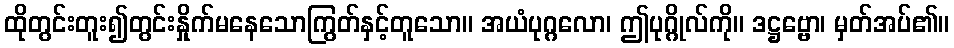
ထိုတွင်းတူး၍တွင်းနှိုက်မနေသောကြွတ်နှင့်တူသော။ အယံပုဂ္ဂလော၊ ဤပုဂ္ဂိုလ်ကို။ ဒဋ္ဌဗ္ဗော၊ မှတ်အပ်၏။